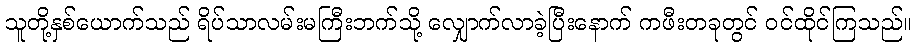
သူတို့နှစ်ယောက်သည် ရိပ်သာလမ်းမကြီးဘက်သို့ လျှောက်လာခဲ့ပြီးနောက် ကဖီးတခုတွင် ဝင်ထိုင်ကြသည်။